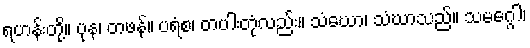
ရဟန်းတို့။ ပုန၊ တဖန်။ ပရံစ၊ တပါးတုံလည်း။ သံဃော၊ သံဃာသည်။ သမဂ္ဂေါ၊